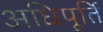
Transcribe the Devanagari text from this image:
अधिपूर्ति